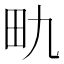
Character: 𪽇